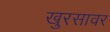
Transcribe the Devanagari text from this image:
खुरसावर